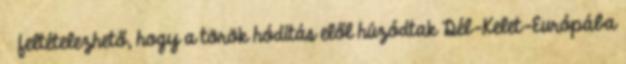
 feltételezhető, hogy a török hódítás elől húzódtak Dél-Kelet-Európába